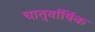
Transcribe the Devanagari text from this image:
चातुर्वार्षिक